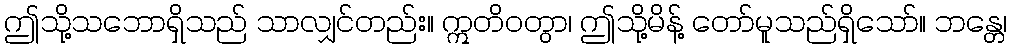
ဤသို့သဘောရှိသည် သာလျှင်တည်း။ ဣတိဝတွာ၊ ဤသို့မိန့် တော်မူသည်ရှိသော်။ ဘန္တေ၊